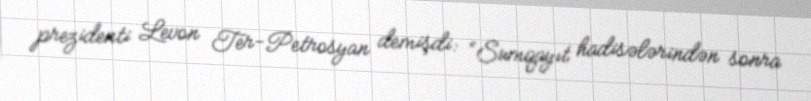
prezidenti Levon Ter-Petrosyan demişdi: “Sumqayıt hadisələrindən sonra